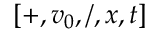
[ + , v _ { 0 } , / , x , t ]